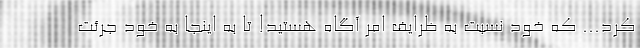
کرد... که خود نسبت به ظرایف امر آگاه هستید! تا به اینجا به خود جرئت